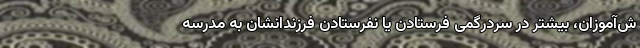
ش‌آموزان، بیشتر در سردرگمی فرستادن یا نفرستادن فرزندانشان به مدرسه